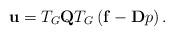
LaTeX: \begin{align*}{\bf u} = T_G {\bf Q} T_G \left( {\bf f} - {\bf D} p \right).\end{align*}